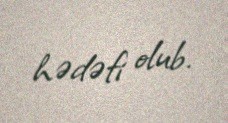
hədəfi olub.